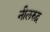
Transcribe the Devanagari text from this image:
नीलरुद्र